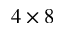
4 \times 8